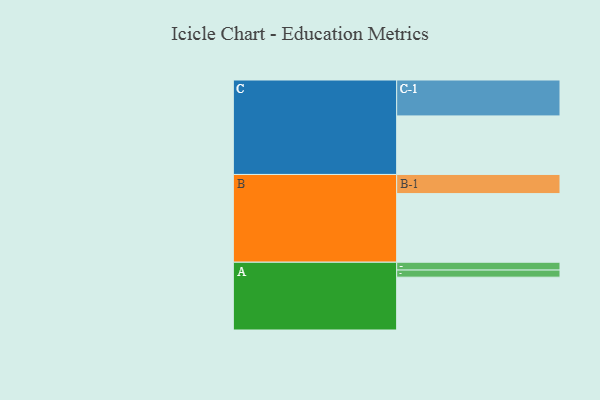
{"axis": {"x": "Segment", "y": "Value"}, "legend": ["", "A", "B", "C"], "data": [{"x": "A", "y": 378, "type": ""}, {"x": "B", "y": 491, "type": ""}, {"x": "C", "y": 419, "type": ""}, {"x": "A-1", "y": 51, "type": "A"}, {"x": "A-2", "y": 56, "type": "A"}, {"x": "B-1", "y": 137, "type": "B"}, {"x": "C-1", "y": 257, "type": "C"}]}